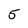
Character: 5